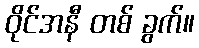
ဝိုင်အနီ တစ် ခွက်။